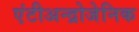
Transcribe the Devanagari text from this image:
एंटीअन्द्रोजेनिक